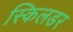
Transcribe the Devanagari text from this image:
स्किलडर